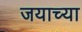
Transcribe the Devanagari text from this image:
जयाच्या